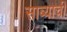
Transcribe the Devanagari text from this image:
साब्याची